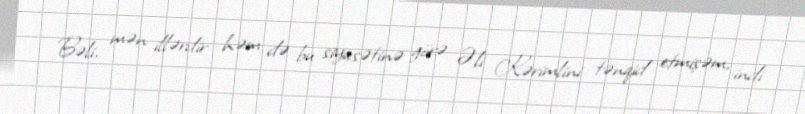
Bəli, mən illərdir həm də bu siyasətinə görə Əli Kərimlini tənqid etmişəm, indi